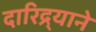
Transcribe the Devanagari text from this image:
दारिद्र्याने